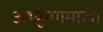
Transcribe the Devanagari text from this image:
अभ्युपगमाला